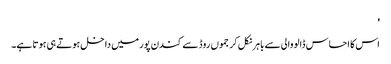
'
اس کا احساس ڈالووالی سے باہر نکل کر جموں روڈ سے کندن پور میں داخل ہوتے ہی ہوتا ہے۔